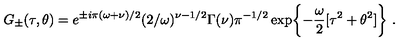
G _ { \pm } ( \tau , \theta ) = e ^ { \pm i \pi ( \omega + \nu ) / 2 } ( 2 / \omega ) ^ { \nu - 1 / 2 } \Gamma ( \nu ) \pi ^ { - 1 / 2 } \exp \biggl \{ - \frac { \omega } { 2 } [ \tau ^ { 2 } + \theta ^ { 2 } ] \biggr \} \ .